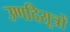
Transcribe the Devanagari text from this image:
उणदिसूत्रों